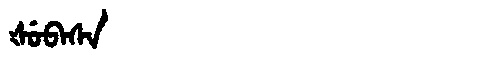
Manchu: ᡧᡠᠪᠠᠰᠠ
Romanization: ŠUBASA